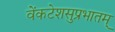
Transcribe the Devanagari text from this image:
वेंकटेशसुप्रभातम्